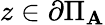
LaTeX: z\in\partial\Pi_{\mathbf{A}}